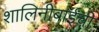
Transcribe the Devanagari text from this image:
शालिनीबाईंची